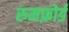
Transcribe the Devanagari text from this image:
रुमफ़ोर्ड